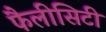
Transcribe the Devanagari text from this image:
फैलीसिटी